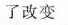
了改变